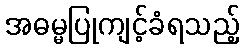
အဓမ္မပြုကျင့်ခံရသည့်